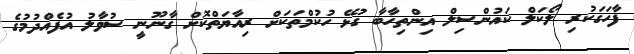
ފާހަގަކުރި ލޯކަލް ކައުންސިލް އިންތިހާބާ ގުޅޭ ހުކުމްތަކަށް ރިއާޔަތްކޮށް ގާނޫނީ ސުވާލު އުފެއްދުމުގެ